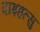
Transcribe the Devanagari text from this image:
दाइहत्सु